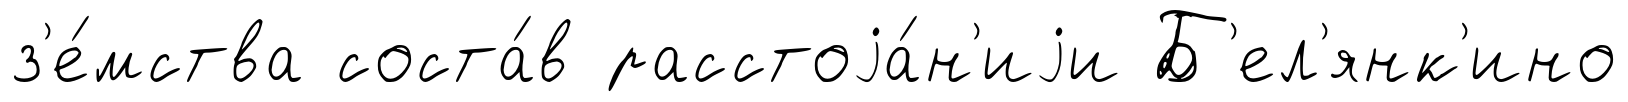
з'е́мства соста́в расстоjа́н'иjи Б'ел'янк'ино